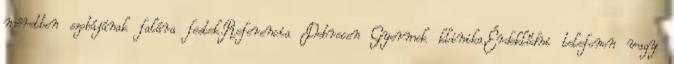
méretben szobájának falára festek.Referencia Debrecen Gyermek klinika.Érdeklődni telefonon vagy